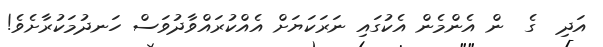
އަދި  ގެ  ން އެންމެން އެކުގައި ނަރަކަޔަށް އެއްކުރައްވާދުވަސް ހަނދުމަކުރާށެވެ!